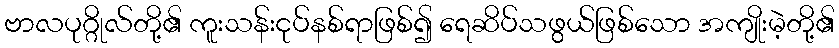
ဗာလပုဂ္ဂိုလ်တို့၏ ကူးသန်းငုပ်နစ်ရာဖြစ်၍ ရေဆိပ်သဖွယ်ဖြစ်သော အကျိုးမဲ့တို့၏